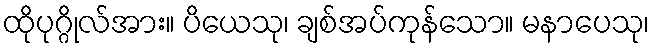
ထိုပုဂ္ဂိုလ်အား။ ပိယေသု၊ ချစ်အပ်ကုန်သော။ မနာပေသု၊